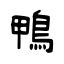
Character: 鴨